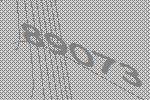
89073